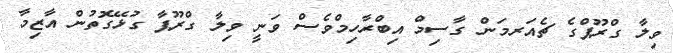
ވިލާ ގްރޫޕްގެ ޗެއަރމަން ގާސިމް އިބްރާހިމްވެސް ވަނީ ވިލާ ގްރޫޕާ ގުޅޭގޮތުން އާޒިމާ